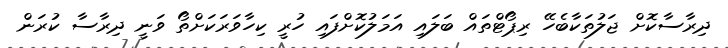
ދިރާސާކޮށް ޖަލުތަކާބެހޭ ރިޕޯޓްތައް ބަލައި އަމަލުކޮށްފައި ހުރީ ކިހާވަރަކަށްތޯ ވަނީ ދިރާސާ ކުރަން